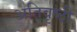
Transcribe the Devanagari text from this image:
अतिवृष्ठी